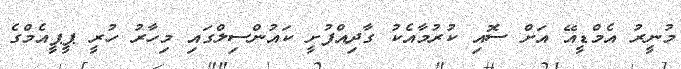
މުނީރު އެމްޑީއޭ އަށް ސޮއި ކުރުމާއެކު ގާދިއްފުށީ ކައުންސިލްގައި މިހާރު ހުރީ ޕީޕީއެމްގެ